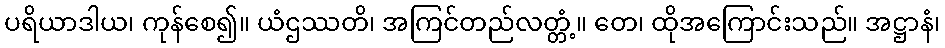
ပရိယာဒါယ၊ ကုန်စေ၍။ ယံဌဿတိ၊ အကြင်တည်လတ္တံ့။ တေ၊ ထိုအကြောင်းသည်။ အဋ္ဌာနံ၊